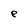
Character: e